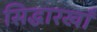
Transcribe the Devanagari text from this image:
सिद्धारखाँ